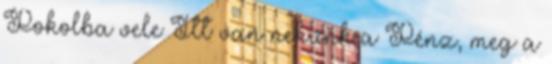
Pokolba vele Itt van nekünk a Pénz, meg a